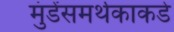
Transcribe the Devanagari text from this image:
मुंडेंसमर्थकाकडे